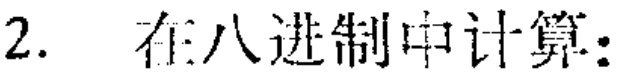
2. 在八进制中计算：